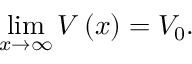
\operatorname* { l i m } _ { x \rightarrow \infty } V \left( x \right) = V _ { 0 } .